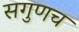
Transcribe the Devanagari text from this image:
सगुणच